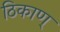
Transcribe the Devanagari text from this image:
ठिकाण्